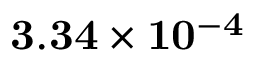
\bf { 3 . 3 4 \times 1 0 ^ { - 4 } }